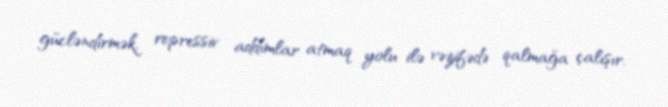
gücləndirmək, repressiv addımlar atmaq yolu ilə vəzifədə qalmağa çalışır.